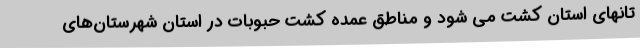
تانهای استان کشت می شود و مناطق عمده کشت حبوبات در استان شهرستان‌های